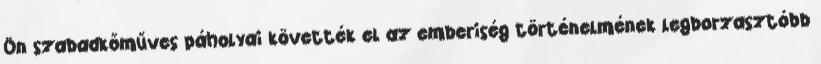
Ön szabadkőműves páholyai követték el az emberiség történelmének legborzasztóbb